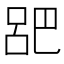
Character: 𫶷